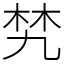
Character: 㭝